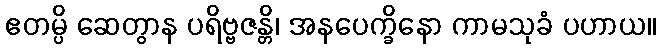
ဧတမ္ပိ ဆေတွာန ပရိဗ္ဗဇန္တိ၊ အနပေက္ခိနော ကာမသုခံ ပဟာယ။